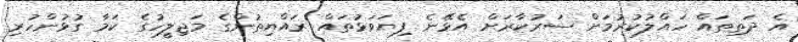
އެ ދަތިތައް ހައްލުކުރުމަށް ސަރުކާރަށް އެޅޭނެ ފިޔަވަޅުތައް ރައްޔިތުންގެ މަޖިލީހުގެ ކަމާ ގުޅުންހުރި